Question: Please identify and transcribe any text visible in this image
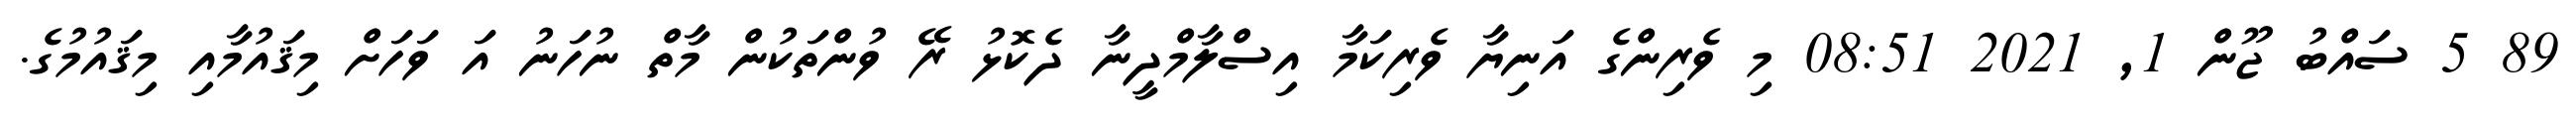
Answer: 89 5 ސައްބު ޖޫން 1, 2021 08:51 މި ވެރިންގެ އަނިޔާ ވެރިކަމާ އިސްލާމްދީނާ ދެކޮޅު ރޭ ވުންތަކުން މާތް ނުހަނު އަ ވަހަށް މިޤައުމާއި މިޤައުމުގެ.